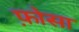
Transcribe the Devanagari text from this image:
फ़ोसा